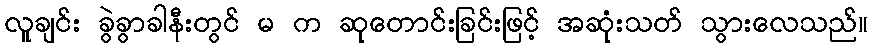
လူချင်း ခွဲခွာခါနီးတွင် မ က ဆုတောင်းခြင်းဖြင့် အဆုံးသတ် သွားလေသည်။